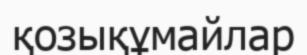
қозықұмайлар